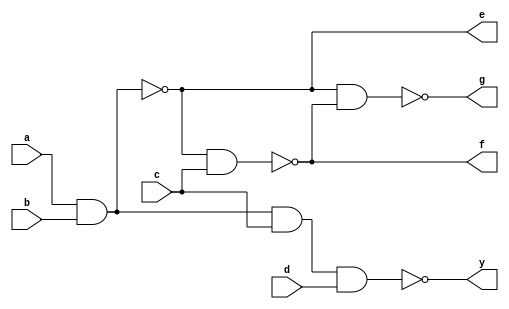
`timescale 1ns / 1ps
//////////////////////////////////////////////////////////////////////////////////
// Company: 
// Engineer: 
// 
// Design Name: 
// Module Name: f_nand
// Project Name: 
// Target Devices: 
// Tool Versions: 
// Description: 
// 
// Dependencies: 
// 
// Revision:
// Revision 0.01 - File Created
// Additional Comments:
// 
//////////////////////////////////////////////////////////////////////////////////


module f_nand(
  input a,
  input b,
  input c,
  input d,
  output y,
  output e,
  output f,
  output g
    );
    
    
    assign y = ~(a & b & c & d); //(A)
    assign e = ~(a & b); //(B)
    assign f = ~(e & c);
    assign g = ~(e & f);
    
endmodule